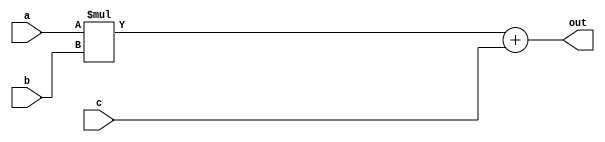
//-------------------------------------------------------
//  Functionality: A 9-bit multiply-acculumate circuit
//-------------------------------------------------------

module mac_9(a, b, c, out);
parameter DATA_WIDTH = 9;  /* declare a parameter. default required */
input [DATA_WIDTH - 1 : 0] a, b, c;
output [DATA_WIDTH - 1 : 0] out;

assign out = a * b + c;

endmodule